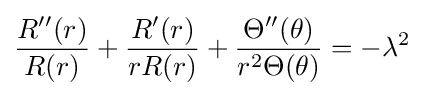
{\frac {R''(r)}{R(r)}}+{\frac {R'(r)}{rR(r)}}+{\frac {\Theta ''(\theta )}{r^{2}\Theta (\theta )}}=-\lambda ^{2}